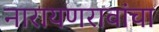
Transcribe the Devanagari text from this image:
नारायणरावांचा